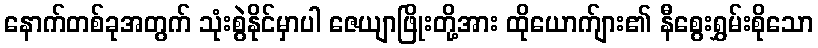
နောက်တစ်ခုအတွက် သုံးစွဲနိုင်မှာပါ ဇေယျာဖြိုးတို့အား ထိုယောက်ျား၏ နီစွေးရွှမ်းစိုသော